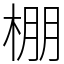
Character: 棚